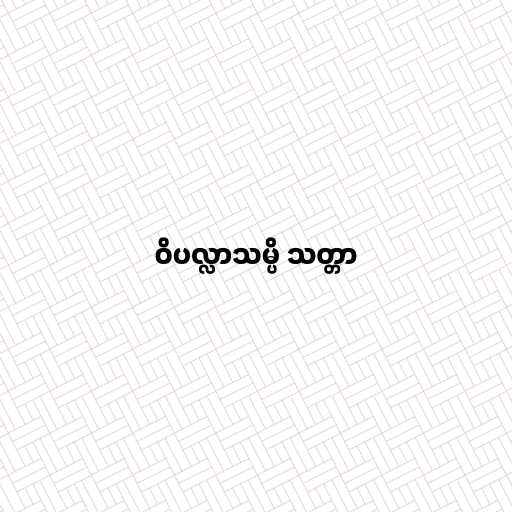
ဝိပလ္လာသမ္ပိ သတ္တာ